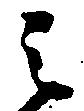
之